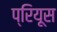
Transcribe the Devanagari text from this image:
प्रियूस